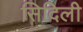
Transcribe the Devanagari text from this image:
सिदिली